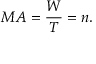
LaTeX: M A = { \frac { W } { T } } = n .